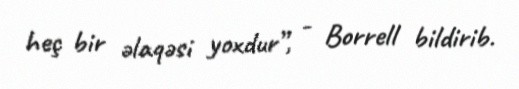
heç bir əlaqəsi yoxdur”, - Borrell bildirib.